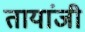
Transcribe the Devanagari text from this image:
तायांजी